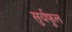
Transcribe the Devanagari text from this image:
सुर्यफूल